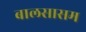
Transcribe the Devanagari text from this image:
बालसासम